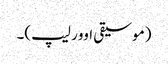
(موسیقی اوور لیپ)۔